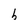
Character: h